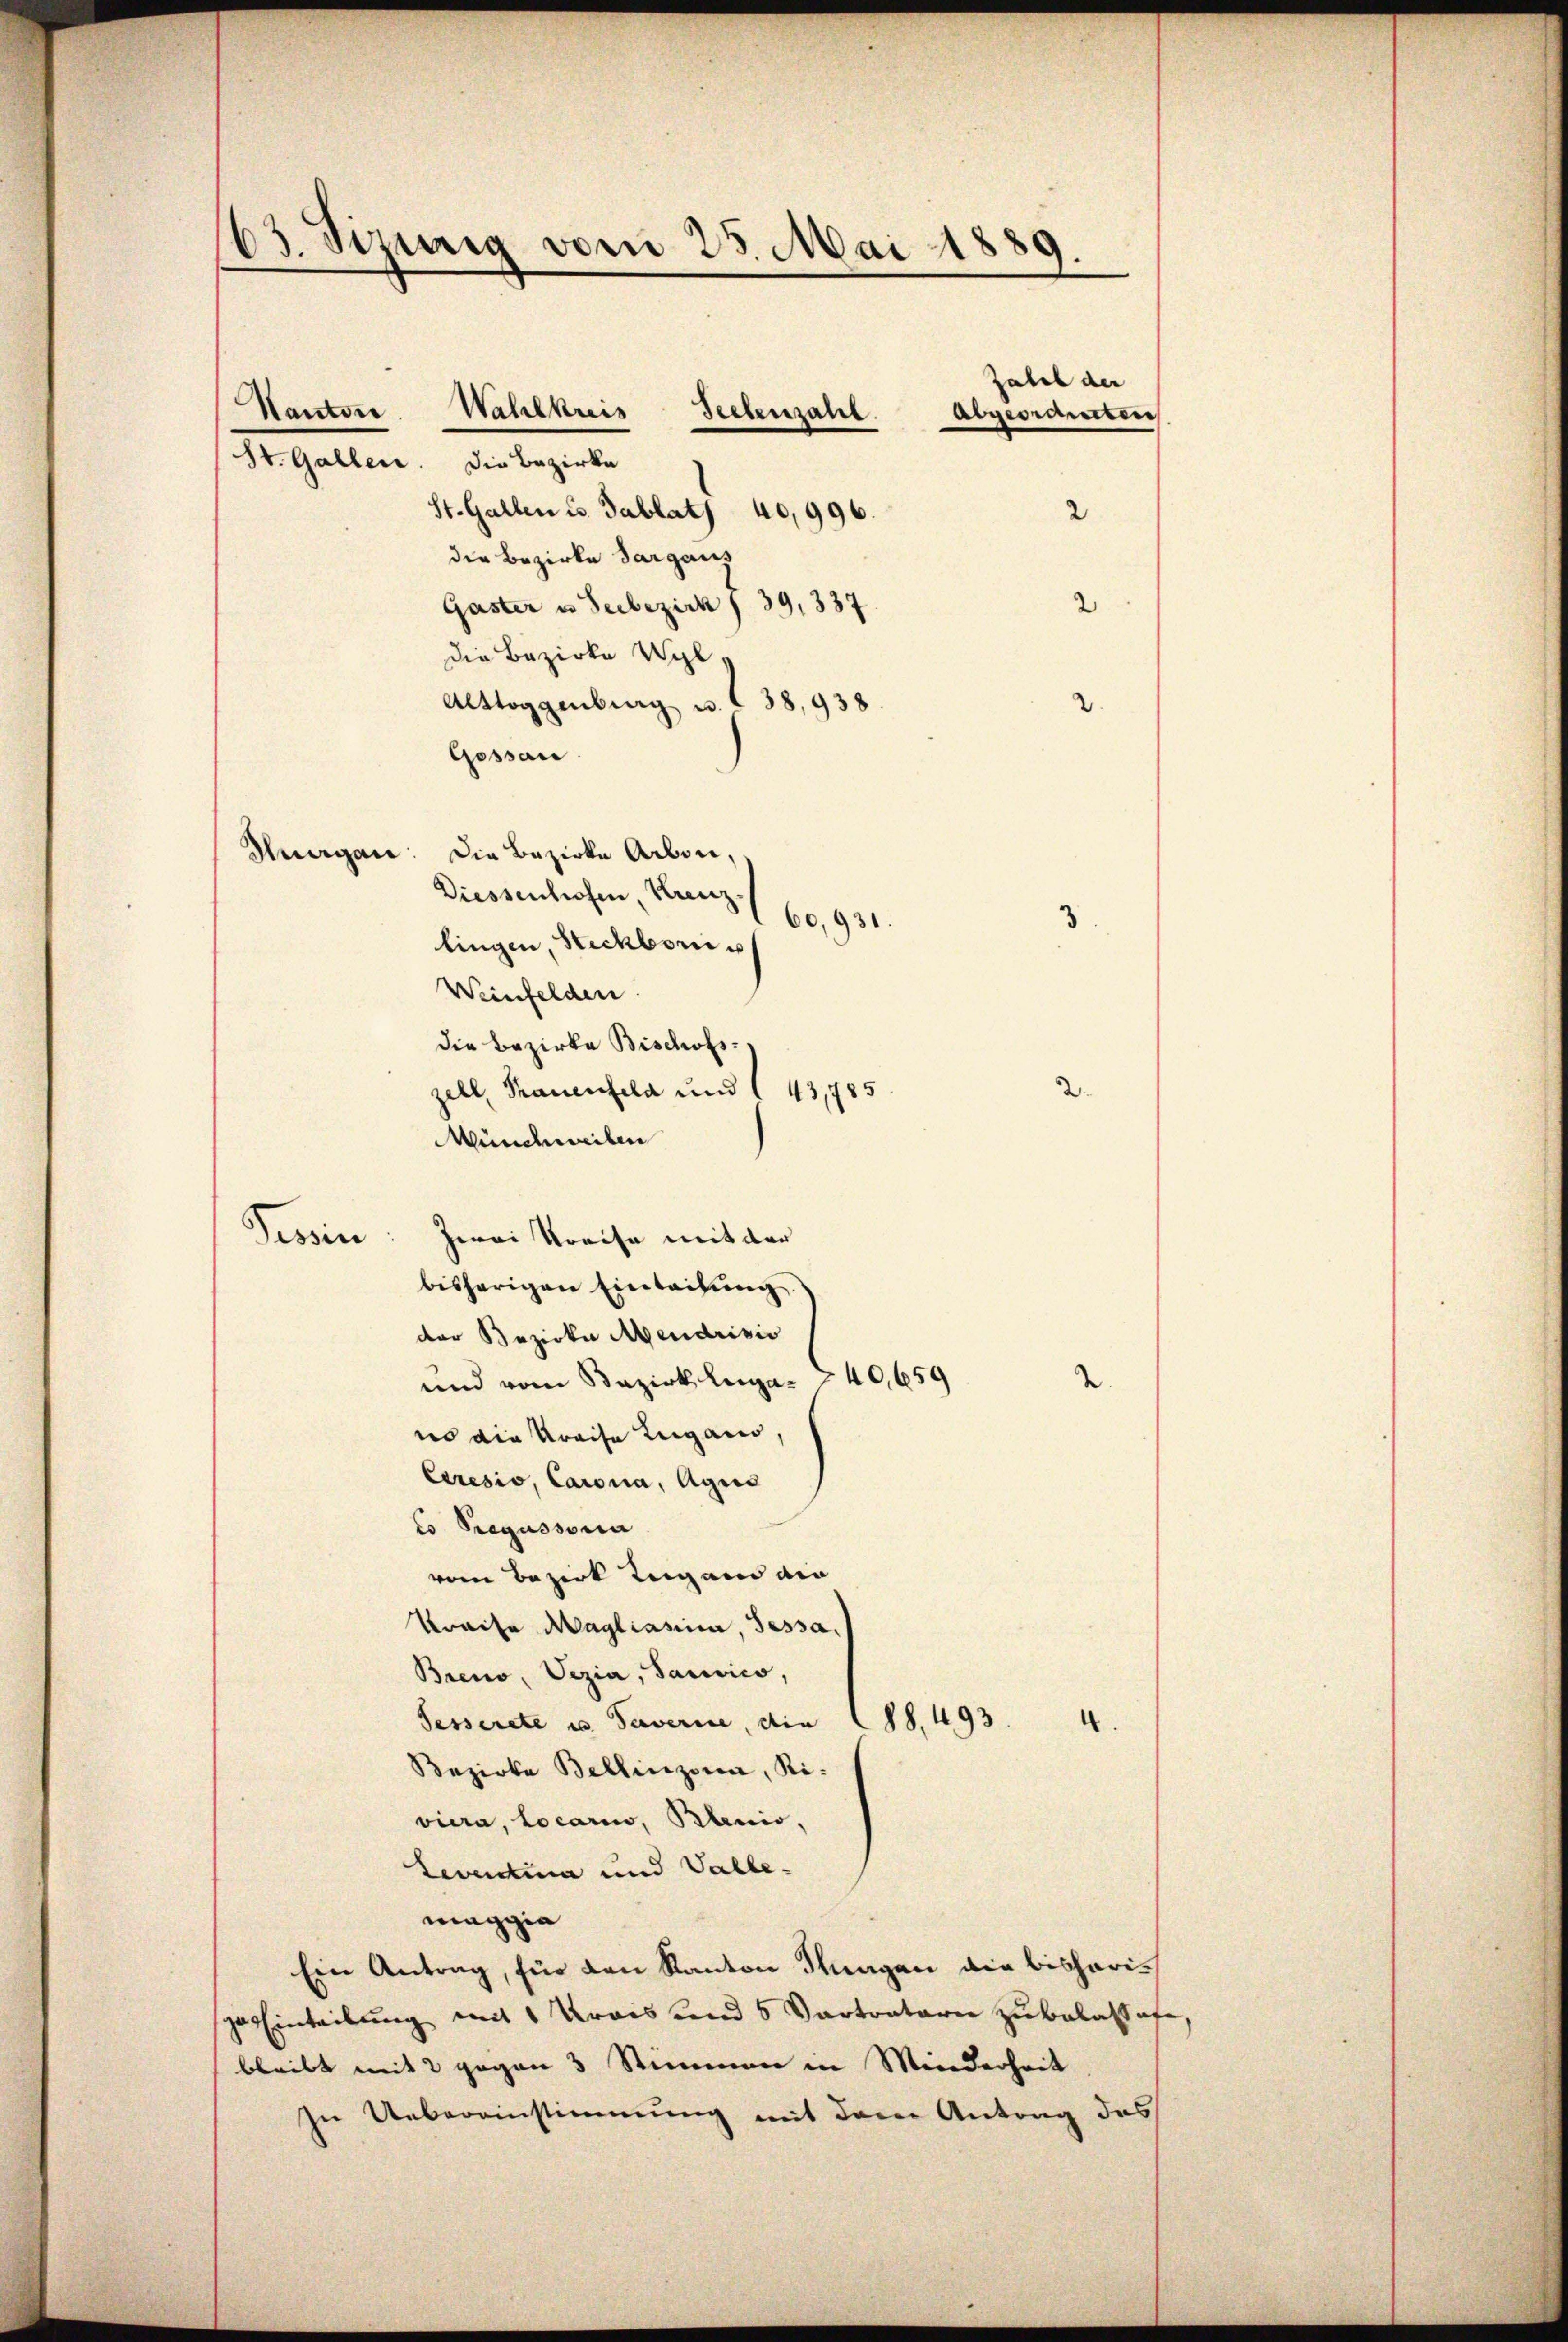
63. Tizurig vom 25. Mai 1889

Kanton
St. Gallen. Die Bezirke
St. Gallen u. Tablat) 40,996.
die Bezirke Sargaus
Gaster u Seebezirk § 39, 337.
die Bezirke Wyl
Alttoggenburg u. 38,938.
Gessan
Suagan: Die Bezirke Arben,
Diessenhofen Krenz.
60,931.
3
lingen, Steckborn u
Weinfelden.
die Bezirke Bischofs-
zell, Frauenfeld und 43,785
Münchweiben
Tessin: Zwai Kreise mit der
bisherigen Einleitung
der Bezirke Mendrisio
und vom Bezirk Luga- 240,659
no die Kreise Lugano,
Ceresis, Carona, Agis
Co Sregussona
vom Bezirk Tegann die
Kraise Magliasiia, Tessa.
Breno, Vezia, Sarevico,
Sesserete u. Taverie, die 288. 493.
.
Bezirke Bellinzona, Riviera, Locarii, Blenio,
Zeverdina und Valle-
maggia
Ein Antrag, für den Kanton Hungen die bisherizu hinteilung mit Krais und Vertratori zu belasthofe,
bleibt mit 2 gegen 3 Stimmen in Minderheit
In Uebereinstimmung mit dem Antrag des

Wahlkreis Seelenzahl. Abgeordneten

Zahel der

2

2

2